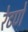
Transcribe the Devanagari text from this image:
रेटणे